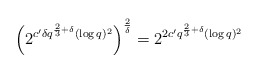
\begin{align*}\left(2^{c'\delta q^{\frac{2}{3}+ \delta} (\log q)^2} \right)^{\frac{2}{\delta}} = 2^{2c'q^{\frac{2}{3}+ \delta} (\log q)^2}\end{align*}